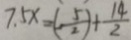
7 . 5 x = ( \frac { 5 } { 2 } ) + \frac { 1 4 } { 2 }